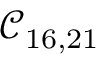
\mathcal { C } _ { 1 6 , 2 1 }